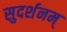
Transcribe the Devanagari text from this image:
सुदर्शनम्